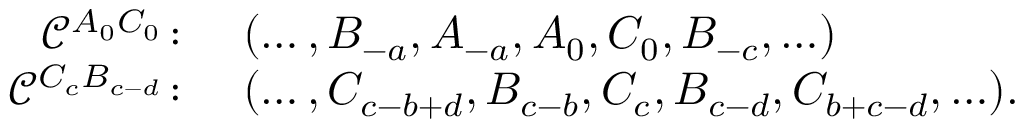
\begin{array} { r l } { \mathcal { C } ^ { A _ { 0 } C _ { 0 } } \colon } & { ( \ldots , B _ { - a } , A _ { - a } , A _ { 0 } , C _ { 0 } , B _ { - c } , \ldots ) } \\ { \mathcal { C } ^ { C _ { c } B _ { c - d } } \colon } & { ( \ldots , C _ { c - b + d } , B _ { c - b } , C _ { c } , B _ { c - d } , C _ { b + c - d } , \ldots ) . } \end{array}